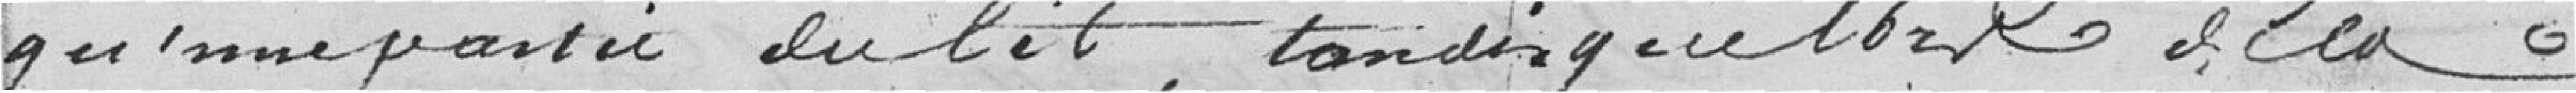
qu'une partie du lit, tandis que l'hiver à la